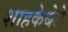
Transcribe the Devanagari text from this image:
शाहकेबेटे